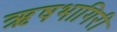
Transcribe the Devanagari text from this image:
ऋषभागिरी